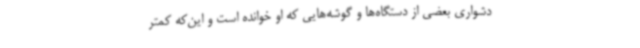
دشواری بعضی از دستگاه‌ها و گوشه‌هایی که او خوانده است و این‌که کمتر